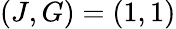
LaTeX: (J,G)=(1,1)